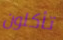
تأكلون